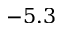
- 5 . 3